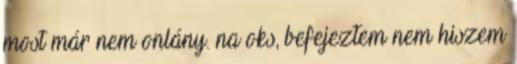
most már nem onlány. na oks, befejeztem nem hiszem